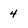
Character: 4